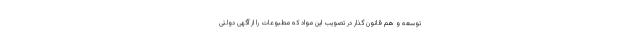
توسعه و هم قانون گذار در تصویب این مواد که مطبوعات را از آگهی دولتی